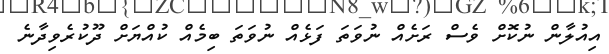
އިއުލާން ނުކޮށް ވެސް ރަށެއް ނުވަތަ ފަޅެއް ނުވަތަ ބިމެއް ކުއްޔަށް ދޫކުރެވިދާނެ